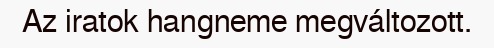
Az iratok hangneme megváltozott.